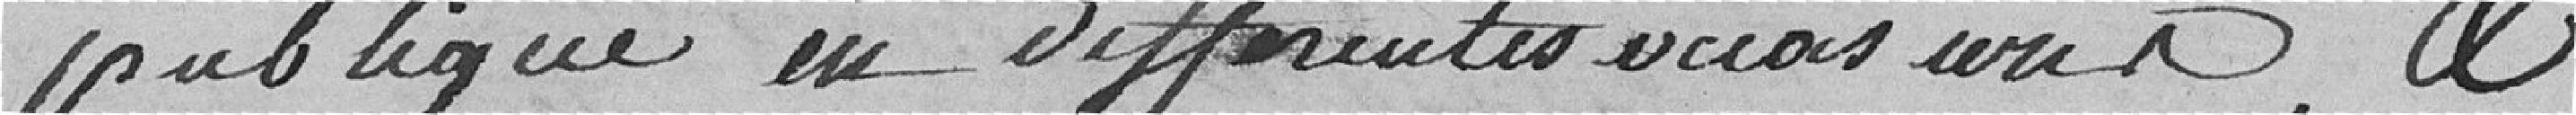
publique en différentes occasions, et